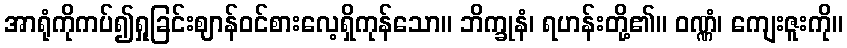
အာရုံကိုကပ်၍ရှုခြင်းဈာန်ဝင်စားလေ့ရှိကုန်သော။ ဘိက္ခုနံ၊ ရဟန်းတို့၏။ ဝဏ္ဏံ၊ ကျေးဇူးကို။